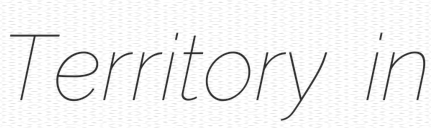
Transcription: Territory in